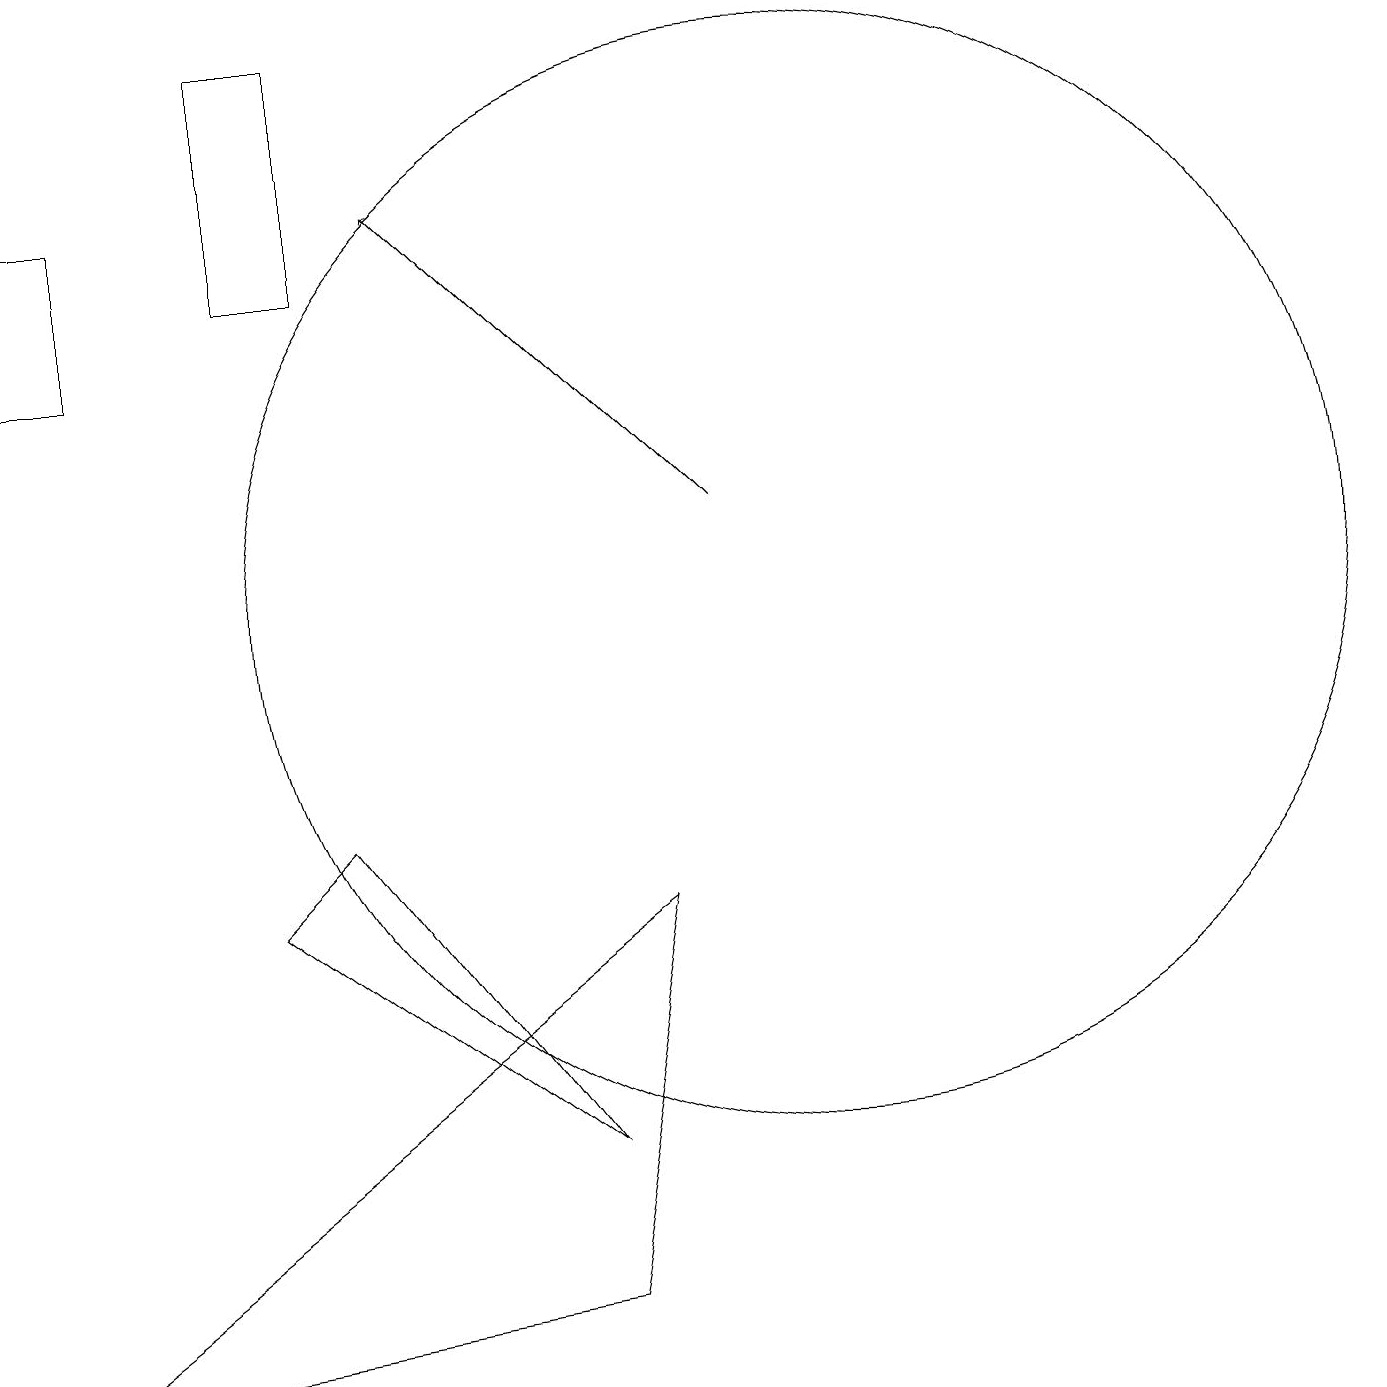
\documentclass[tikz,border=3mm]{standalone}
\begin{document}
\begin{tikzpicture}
\draw (3,6) -- (7,3) -- (4,7) -- cycle;
\draw (3,14) rectangle (4,17);
\draw[->] (9,11) -- (5,15);
\draw (10,10) circle (7);
\draw (0,15) rectangle (1,13);
\draw (8,6) -- (0,0) -- (7,1) -- cycle;
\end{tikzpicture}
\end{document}